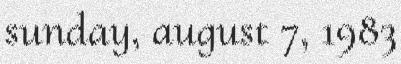
sunday, august 7, 1983